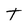
Character: t